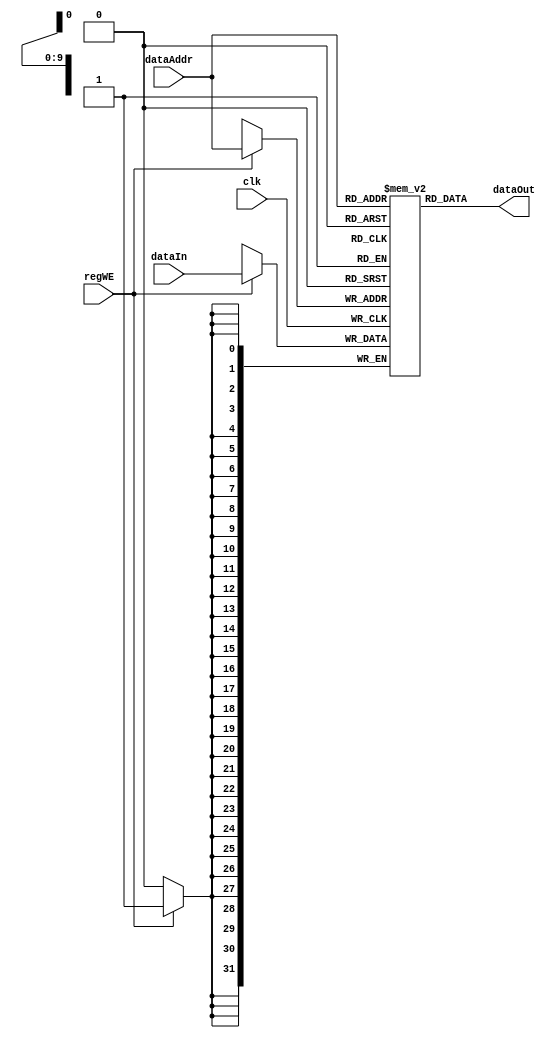
// Data memory, with automatic initialization
// Credit: Ben Hill, mostly
// dataIn and dataOut share an address

module dataMemory
(
  input clk, regWE, // On rising edge, iff regWE, writes data to register
  input[9:0] dataAddr,
  input[31:0] dataIn,
  output[31:0]  dataOut
);

  reg [31:0] mem[1023:0]; // The actual memory

  always @(posedge clk) begin // Write if necessary
    if (regWE) begin
      mem[dataAddr] <= dataIn;
    end
  end


  assign dataOut = mem[dataAddr]; // Data output
endmodule